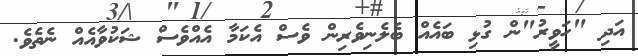
އަދި "ހަވީރު"ން ގުޅި ބައެއް ބެލެނިވެރިން ވެސް އެކަމާ އެއްވެސް ޝަކުވާއެއް ނެތެވެ.